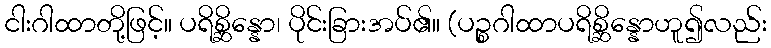
ငါးဂါထာတို့ဖြင့်။ ပရိစ္ဆိန္နော၊ ပိုင်းခြားအပ်၏။ (ပဉ္စဂါထာပရိစ္ဆိန္နောဟူ၍လည်း